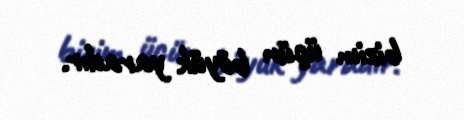
bizim üçün böyük yaradır.